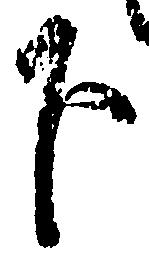
下